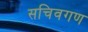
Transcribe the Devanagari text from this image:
सचिवगण